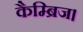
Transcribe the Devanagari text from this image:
कैम्ब्रिज।